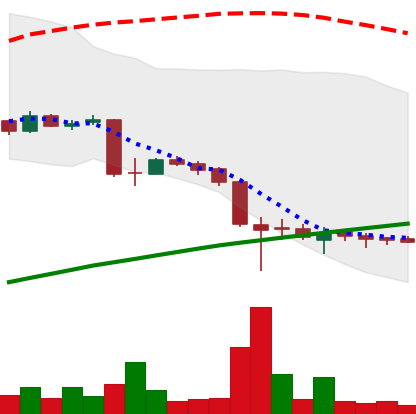
Ticker: LTC-USD
Chart end date: 2015-09-01
Forward return: 8.087%
Label: up_7plus